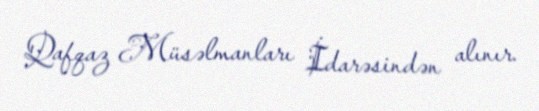
Qafqaz Müsəlmanları İdarəsindən alınır.